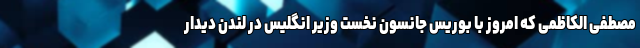
مصطفی الکاظمی که امروز با بوریس جانسون نخست وزیر انگلیس در لندن دیدار